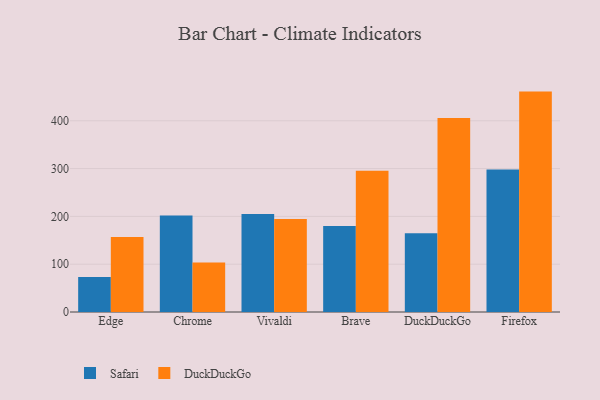
{"axis": {"x": "Browser", "y": "Budget (USD K)"}, "legend": ["DuckDuckGo", "Safari"], "data": [{"x": "Edge", "y": 73.3, "type": "Safari"}, {"x": "Edge", "y": 156.7, "type": "DuckDuckGo"}, {"x": "Chrome", "y": 201.9, "type": "Safari"}, {"x": "Chrome", "y": 103.7, "type": "DuckDuckGo"}, {"x": "Vivaldi", "y": 205.0, "type": "Safari"}, {"x": "Vivaldi", "y": 194.7, "type": "DuckDuckGo"}, {"x": "Brave", "y": 179.9, "type": "Safari"}, {"x": "Brave", "y": 295.6, "type": "DuckDuckGo"}, {"x": "DuckDuckGo", "y": 164.6, "type": "Safari"}, {"x": "DuckDuckGo", "y": 405.8, "type": "DuckDuckGo"}, {"x": "Firefox", "y": 297.9, "type": "Safari"}, {"x": "Firefox", "y": 461.0, "type": "DuckDuckGo"}]}